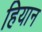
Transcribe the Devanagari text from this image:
हियान